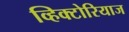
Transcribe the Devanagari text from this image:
व्हिक्टोरियाज